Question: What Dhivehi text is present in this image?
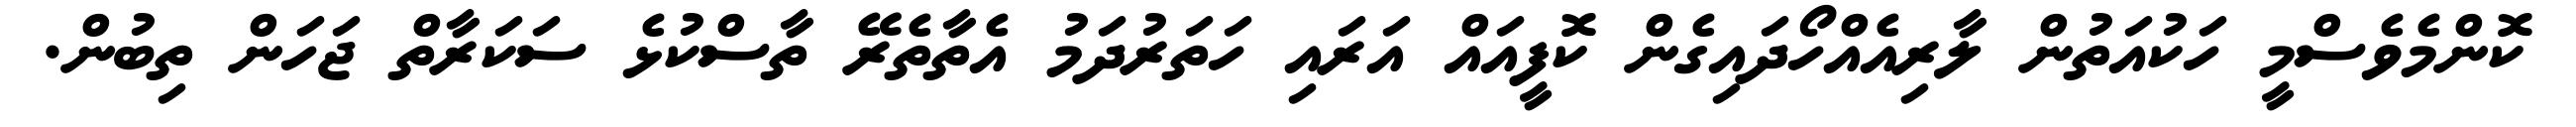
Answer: ކޮންމެވެސްމީ ހަކުއަތުން ލާރިއެއްހޯދައިގެން ކޮފީއައް އަރައި ހަތަރުދަމު އެތާތެރޭ ތާސްކުޅެ ސަކަރާތް ޖަހަން ތިބުން.